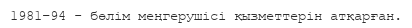
1981–94 - бөлім меңгерушісі қызметтерін атқарған.